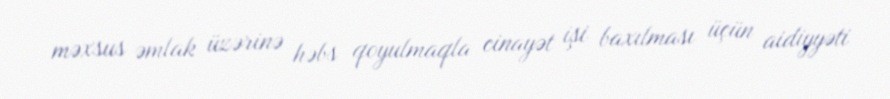
məxsus əmlak üzərinə həbs qoyulmaqla cinayət işi baxılması üçün aidiyyəti